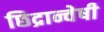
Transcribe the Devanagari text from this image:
छिद्रान्वेषी